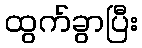
ထွက်ခွာပြီး